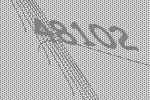
48102